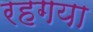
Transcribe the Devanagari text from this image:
रहगया